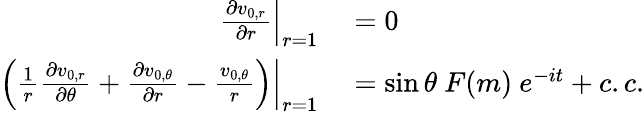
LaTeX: \begin{array}{rl}{\left.\frac{\partial v_{0,r}}{\partial r}\right|_{r=1}}&{{}=0}\\ {\left.\left(\frac{1}{r}\frac{\partial v_{0,r}}{\partial\theta}+\frac{\partial v_{0,\theta}}{\partial r}-\frac{v_{0,\theta}}{r}\right)\right|_{r=1}}&{{}=\sin{\theta}~F(m)~e^{-it}+c.c.}\end{array}